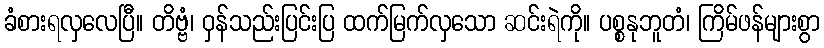
ခံစားရလှလေပြီ။ တိဗ္ဗံ၊ ဝှန်သည်းပြင်းပြ ထက်မြက်လှသော ဆင်းရဲကို။ ပစ္စနုဘူတံ၊ ကြိမ်ဖန်များစွာ